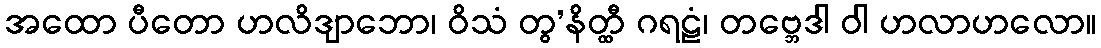
အထော ပီတော ဟလိဒျာဘော၊ ဝိသံ တွ’နိတ္ထီ ဂရဠံ၊ တဗ္ဘေဒါ ဝါ ဟလာဟလော။